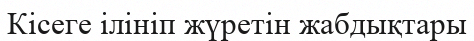
Кісеге ілініп жүретін жабдықтары